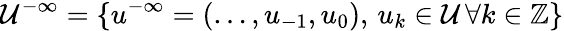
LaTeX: \mathcal{U}^{-\infty}=\{ u^{-\infty}=(\ldots,u_{-1},u_{0}),\, u_{k}\in\mathcal{U}\, \forall k\in\mathbb{Z}\}